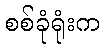
စစ်ခုံရုံးက